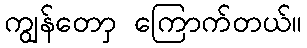
ကျွန်တောှ ကြောက်တယ်။